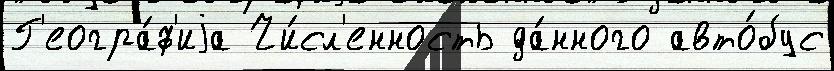
Г'еогра́ф'иjа Чи́сл'енность да́нного авто́бус